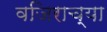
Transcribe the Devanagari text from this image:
वजिराच्या